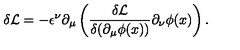
\delta \mathcal { L } = - \epsilon ^ { \nu } \partial _ { \mu } \left( \frac { \delta \mathcal { L } } { \delta ( \partial _ { \mu } \phi ( x ) ) } \partial _ { \nu } \phi ( x ) \right) .